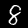
Label: 8